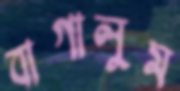
বাগালুম